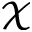
\mathcal { X }